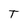
Character: T